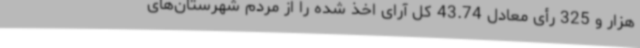
هزار و 325 رأی معادل 43.74 کل آرای اخذ شده را از مردم شهرستان‌های